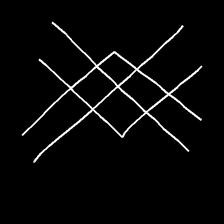
Glyph: crystal